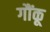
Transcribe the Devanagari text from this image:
गौंकू